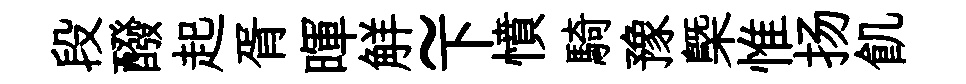
段醱起胥暉觧~下憤騎豫槩惟扬飢